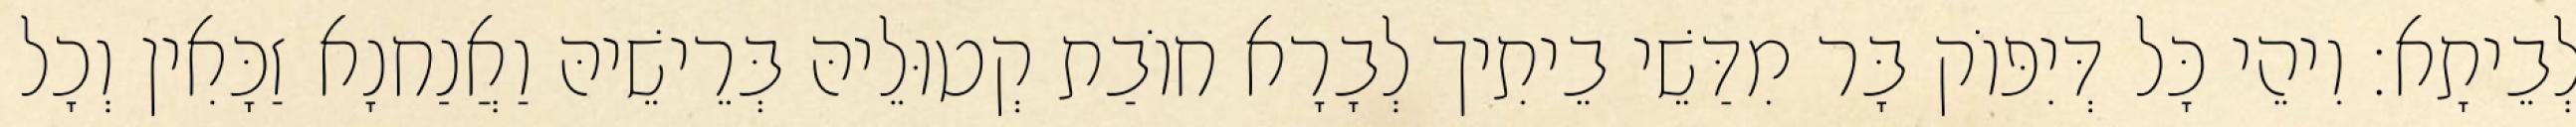
לְבֵיתָא׃ וִיהֵי כָּל דְּיִפּוֹק בָּר מִדַּשֵׁי בֵיתִיך לְבָרָא חוֹבַת קְטוּלֵיהּ בְּרֵישֵׁיהּ וַאֲנַחנָא זַכָּאִין וְכָל